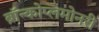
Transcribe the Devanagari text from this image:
ब्रॉन्कोप्लमोनरी